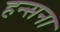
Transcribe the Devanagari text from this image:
हन्सना